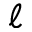
\ell